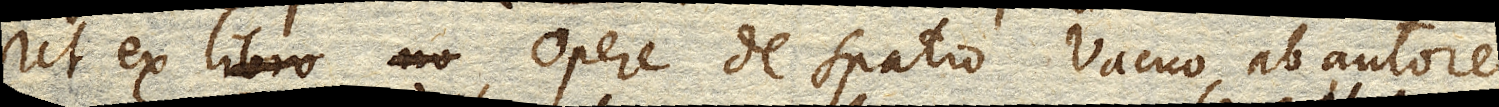
Ut ex libro no opere de spatio Vacuo, ab autore